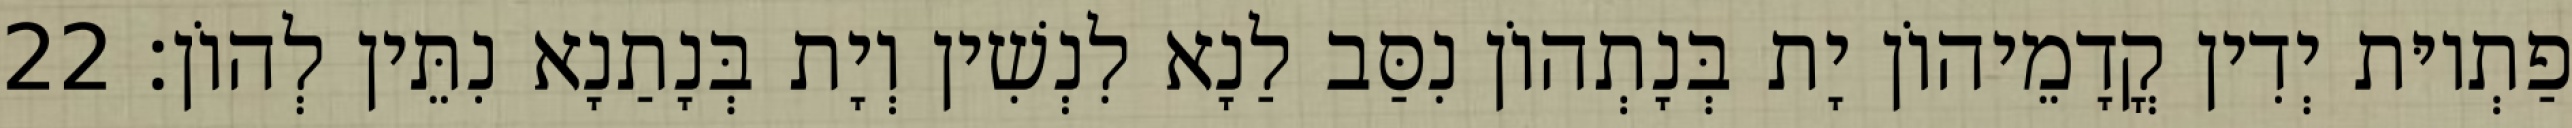
פַתְיוּת יְדִין קֳדָמֵיהוֹן יָת בְּנָתְהוֹן נִסַּב לַנָא לִנְשִׁין וְיָת בְּנָתַנָא נִתֵּין לְהוֹן׃ 22